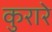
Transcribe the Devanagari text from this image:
कुरारे